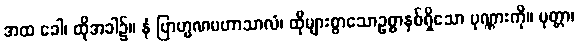
အထ ခေါ၊ ထိုအခါ၌။ နံ ဗြာဟ္မဏမဟာသာလံ၊ ထိုများစွာသောဥစ္စာနှစ်ရှိသော ပုဏ္ဏားကို။ ပုတ္တာ၊